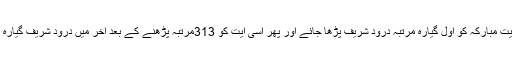
شادی اور حصول ملازمت کیلئے سورہ نحل کی اس آیت مبارکہ کو اول گیارہ مرتبہ درود شریف پڑھا جائے اور پھر اسی آیت کو 313مرتبہ پڑھنے کے بعد آخر میں درود شریف گیارہ بار پڑھیںاور اللہ سے حصول مقصد کیلئے دعا کریں۔